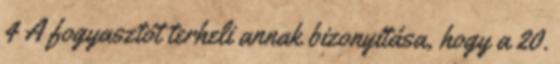
4 A fogyasztót terheli annak bizonyítása, hogy a 20.